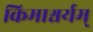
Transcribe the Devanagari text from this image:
किमाश्चर्यम्